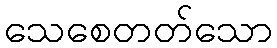
သေစေတတ်သော